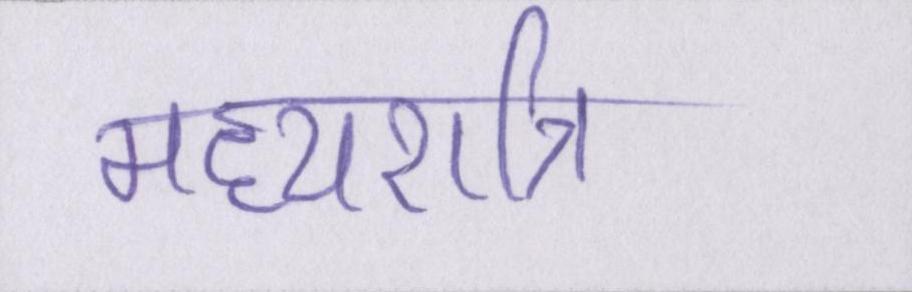
मध्यरात्रि